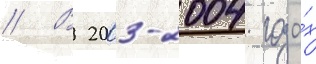
// В 2003-2004 года́х